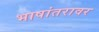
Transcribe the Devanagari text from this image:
भाषांतरावर